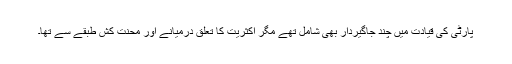
پارٹی کی قیادت میں چند جاگیردار بھی شامل تھے مگر اکثریت کا تعلق درمیانے اور محنت کش طبقے سے تھا۔